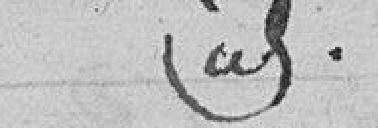
idem